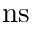
\mathrm { n s }